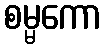
စမ္မကော